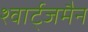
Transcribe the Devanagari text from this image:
श्वार्ट्जमैन